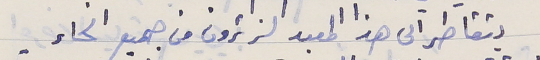
يتقاطر الى هذا المعبد الزائرون من جميع انحاء